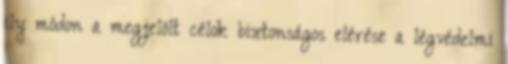
ily módon a megjelölt célok biztonságos elérése a légvédelmi